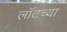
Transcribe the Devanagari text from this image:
लॉटच्या